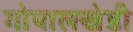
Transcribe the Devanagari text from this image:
गोपालखेडी